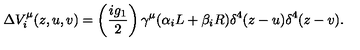
\Delta V _ { i } ^ { \mu } ( z , u , v ) = \left( \frac { i g _ { 1 } } { 2 } \right) \gamma ^ { \mu } ( \alpha _ { i } L + \beta _ { i } R ) \delta ^ { 4 } ( z - u ) \delta ^ { 4 } ( z - v ) .